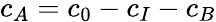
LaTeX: c_{A}=c_{0}-c_{I}-c_{B}